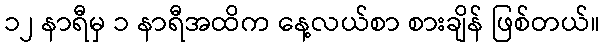
၁၂ နာရီမှ ၁ နာရီအထိက နေ့လယ်စာ စားချိန် ဖြစ်တယ်။